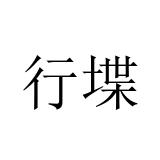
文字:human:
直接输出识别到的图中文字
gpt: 行堞